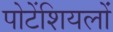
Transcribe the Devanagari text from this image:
पोटेंशियलों